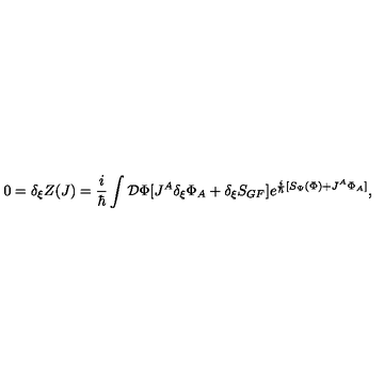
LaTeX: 0 = \delta _ { \xi } Z ( J ) = \frac { i } { \hbar } \int { \cal { D } } \Phi [ J ^ { A } \delta _ { \xi } \Phi _ { A } + \delta _ { \xi } S _ { G F } ] e ^ { \frac { i } { \hbar } [ S _ { \Psi } ( \Phi ) + J ^ { A } \Phi _ { A } ] } ,